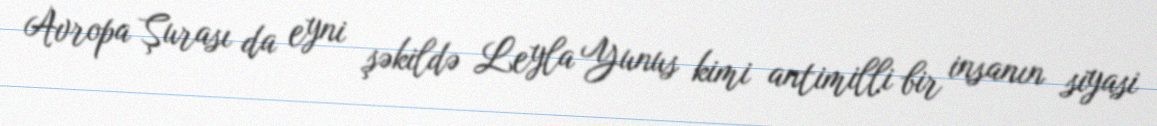
Avropa Şurası da eyni şəkildə Leyla Yunus kimi antimilli bir insanın siyasi